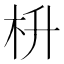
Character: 枡